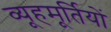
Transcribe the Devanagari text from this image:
व्यूहमूर्तियों